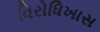
વિરોધિખાસ